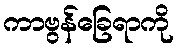
ကာဗွန်ခြေရာကို